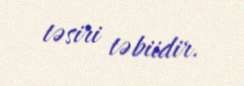
təsiri təbiidir.